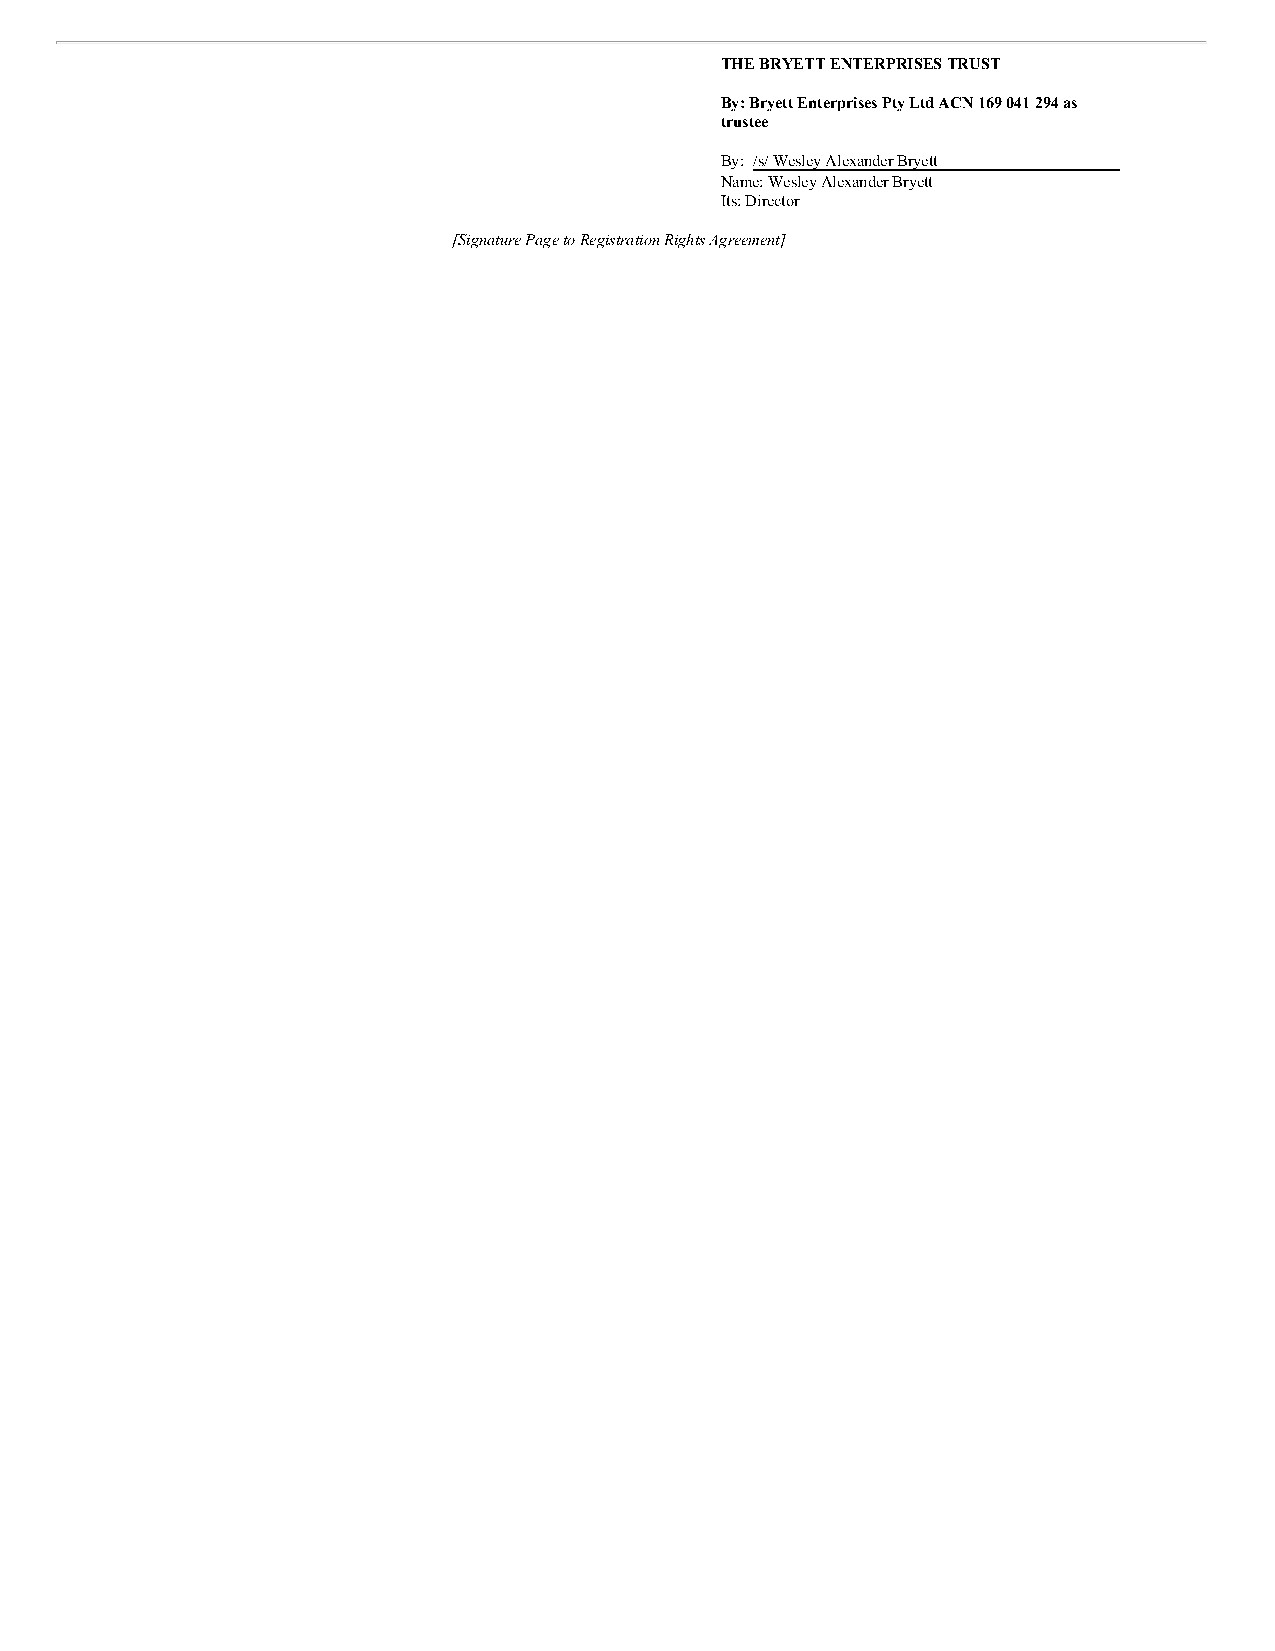
THE BRYETT ENTERPRISES TRUST
 By: Bryett Enterprises Pty Ltd ACN 169 041 294 as
 trustee
 By: /s/ Wesley Alexander Bryett
 Name: Wesley Alexander Bryett
 Its: Director
 [Signature Page to Registration Rights Agreement]